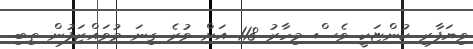
ވިޔަފާރި ކުންޏަކީ ވެސް މިހާރު 118 އަށް ވުރެ ގިނަ މުވައްޒަފުން ތިބި